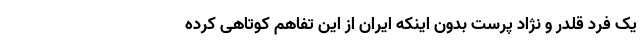
یک فرد قلدر و نژاد پرست بدون اینکه ایران از این تفاهم کوتاهی کرده